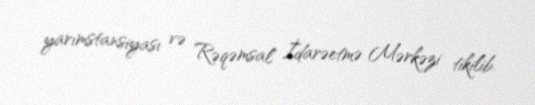
yarımstansiyası və Rəqəmsal İdarəetmə Mərkəzi tikilib.